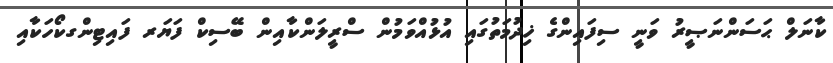
ކާނަލް ޙަސަންނަޞީރު ވަނީ ސިފައިންގެ ޚިދުމަތުގައި އުޅުއްވަމުން ސްރީލަންކާއިން ބޭސިކް ފަޔަރ ފައިޓިންގކޯހަކާއި